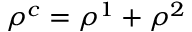
\rho ^ { c } = \rho ^ { 1 } + \rho ^ { 2 }